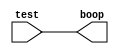
module temp_test(
input wire[31:0] test,
output reg[31:0] boop
    );
   
    always @(*)
    begin
        boop = test;
    end
endmodule